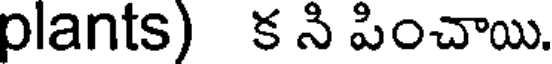
plants) క ని పించాయి.